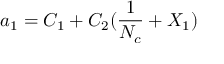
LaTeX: a _ { 1 } = C _ { 1 } + C _ { 2 } ( \frac { 1 } { N _ { c } } + X _ { 1 } ) \nonumber